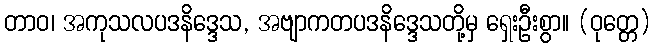
တာဝ၊ အကုသလပဒနိဒ္ဒေသ, အဗျာကတပဒနိဒ္ဒေသတို့မှ ရှေးဦးစွာ။ (ဝုတ္တေ)